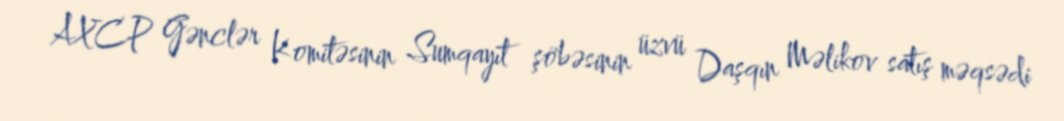
AXCP Gənclər Komitəsinin Sumqayıt şöbəsinin üzvü Daşqın Məlikov satış məqsədi